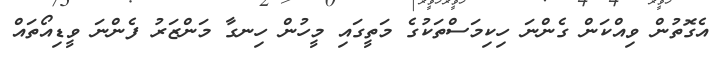
އެގޮތުން ވިއްކަން ގެންނަ ހިކިމަސްތަކުގެ މަތީގައި މީހުން ހިނގާ މަންޒަރު ފެންނަ ވީޑިއޯތައް